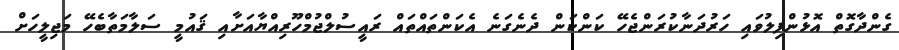
ގެންދާގޮތް އޮޅުންފިލުވައި ހަރުދަނާކުރަންޖެހޭ ކަންކަން ދެނެގަނެ އެކަންތައްތައް ރައީސުލްޖުމްހޫރިއްޔާއަށާއި ޤައުމީ ސަލާމަތާބެހޭ މަޖިލީހަށް